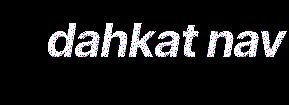
dahkat nav